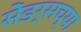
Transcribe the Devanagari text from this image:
सेंडर्सच्या